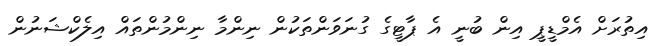
އިތުރަށް އެމްޑީޕީ އިން ބުނީ އެ ޕާޓީގެ ގުނަވަންތަކުން ނިންމާ ނިންމުންތައް އިލެކްޝަނުން